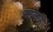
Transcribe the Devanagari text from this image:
मस्कारो